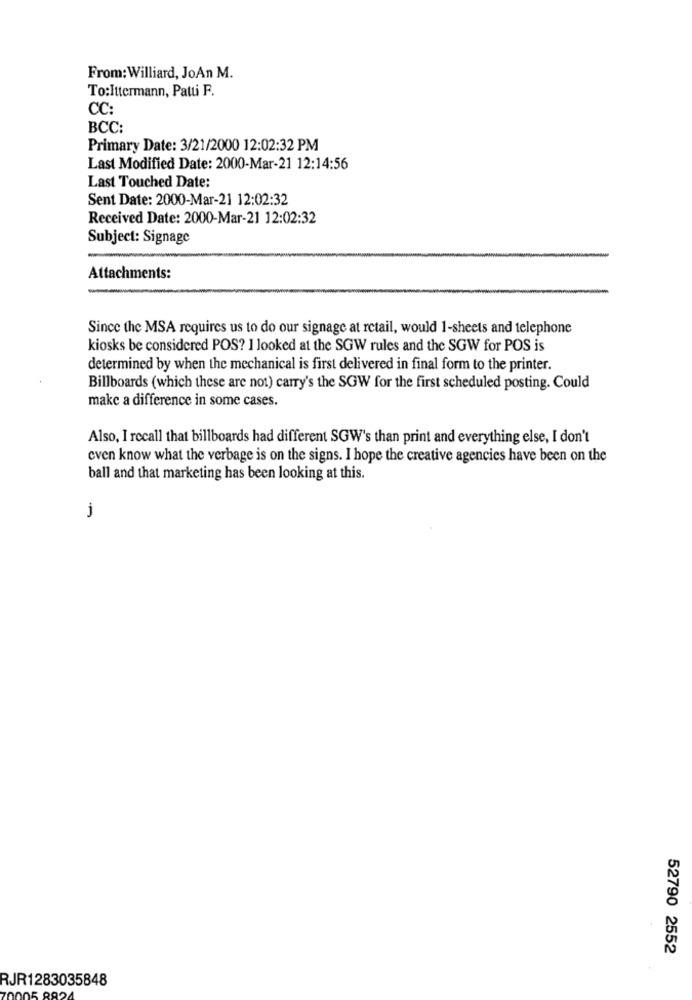
From:Williard, JoAn M.
To:Ittermann, Patti F.
CC:
BCC:
Primary Date: 3/21/2000 12:02:32 PM
Last Modified Date: 2000-Mar-21 12:14:56
Last Touched Date:
Sent Date: 2000-Mar-21 12:02:32
Received Date: 2000-Mar-21 12:02:32
Subject: Signage
Attachments:
Since the MSA requires us to do our signage at retail, would 1-sheets and telephone
kiosks be considered POS? I looked at the SGW rules and the SGW for POS is
determined by when the mechanical is first delivered in final form to the printer.
Billboards (which these are not) carry's the SGW for the first scheduled posting. Could
make a difference in some cases.
Also, I recall that billboards had different SGW's than print and everything else, I don't
even know what the verbage is on the signs. I hope the creative agencies have been on the
ball and that marketing has been looking at this.
J
52790 2552
RJR1283035848